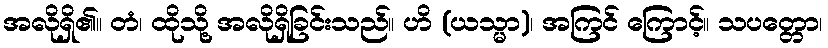
အလိုရှိ၏။ တံ၊ ထိုသို့ အလိုရှိခြင်းသည်။ ဟိ (ယသ္မာ)၊ အကြင် ကြောင့်။ သပတ္တော၊